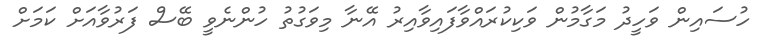
ހުސައިން ވަހީދު މަގާމުން ވަކިކުރައްވާފައިވާއިރު އޭނާ މިވަގުތު ހުންނެވީ ބޭސް ފަރުވާއަށް ކަމަށް